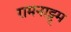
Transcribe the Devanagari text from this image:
रामनाट्ट्म